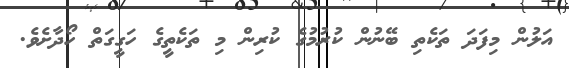
އަލުން މިފަދަ ތަކެތި ބޭނުން ކުރުމުގެ ކުރިން މި ތަކެތީގެ ހަގީގަތް ހޯދާށެވެ.